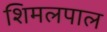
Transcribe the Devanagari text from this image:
शिमलपाल